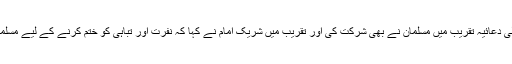
اورلینڈو میں ہونے والی دعائیہ تقریب میں مسلمان نے بھی شرکت کی اور تقریب میں شریک امام نے کہا کہ نفرت اور تباہی کو ختم کرنے کے لیے مسلمان سب کے ساتھ ہیں۔